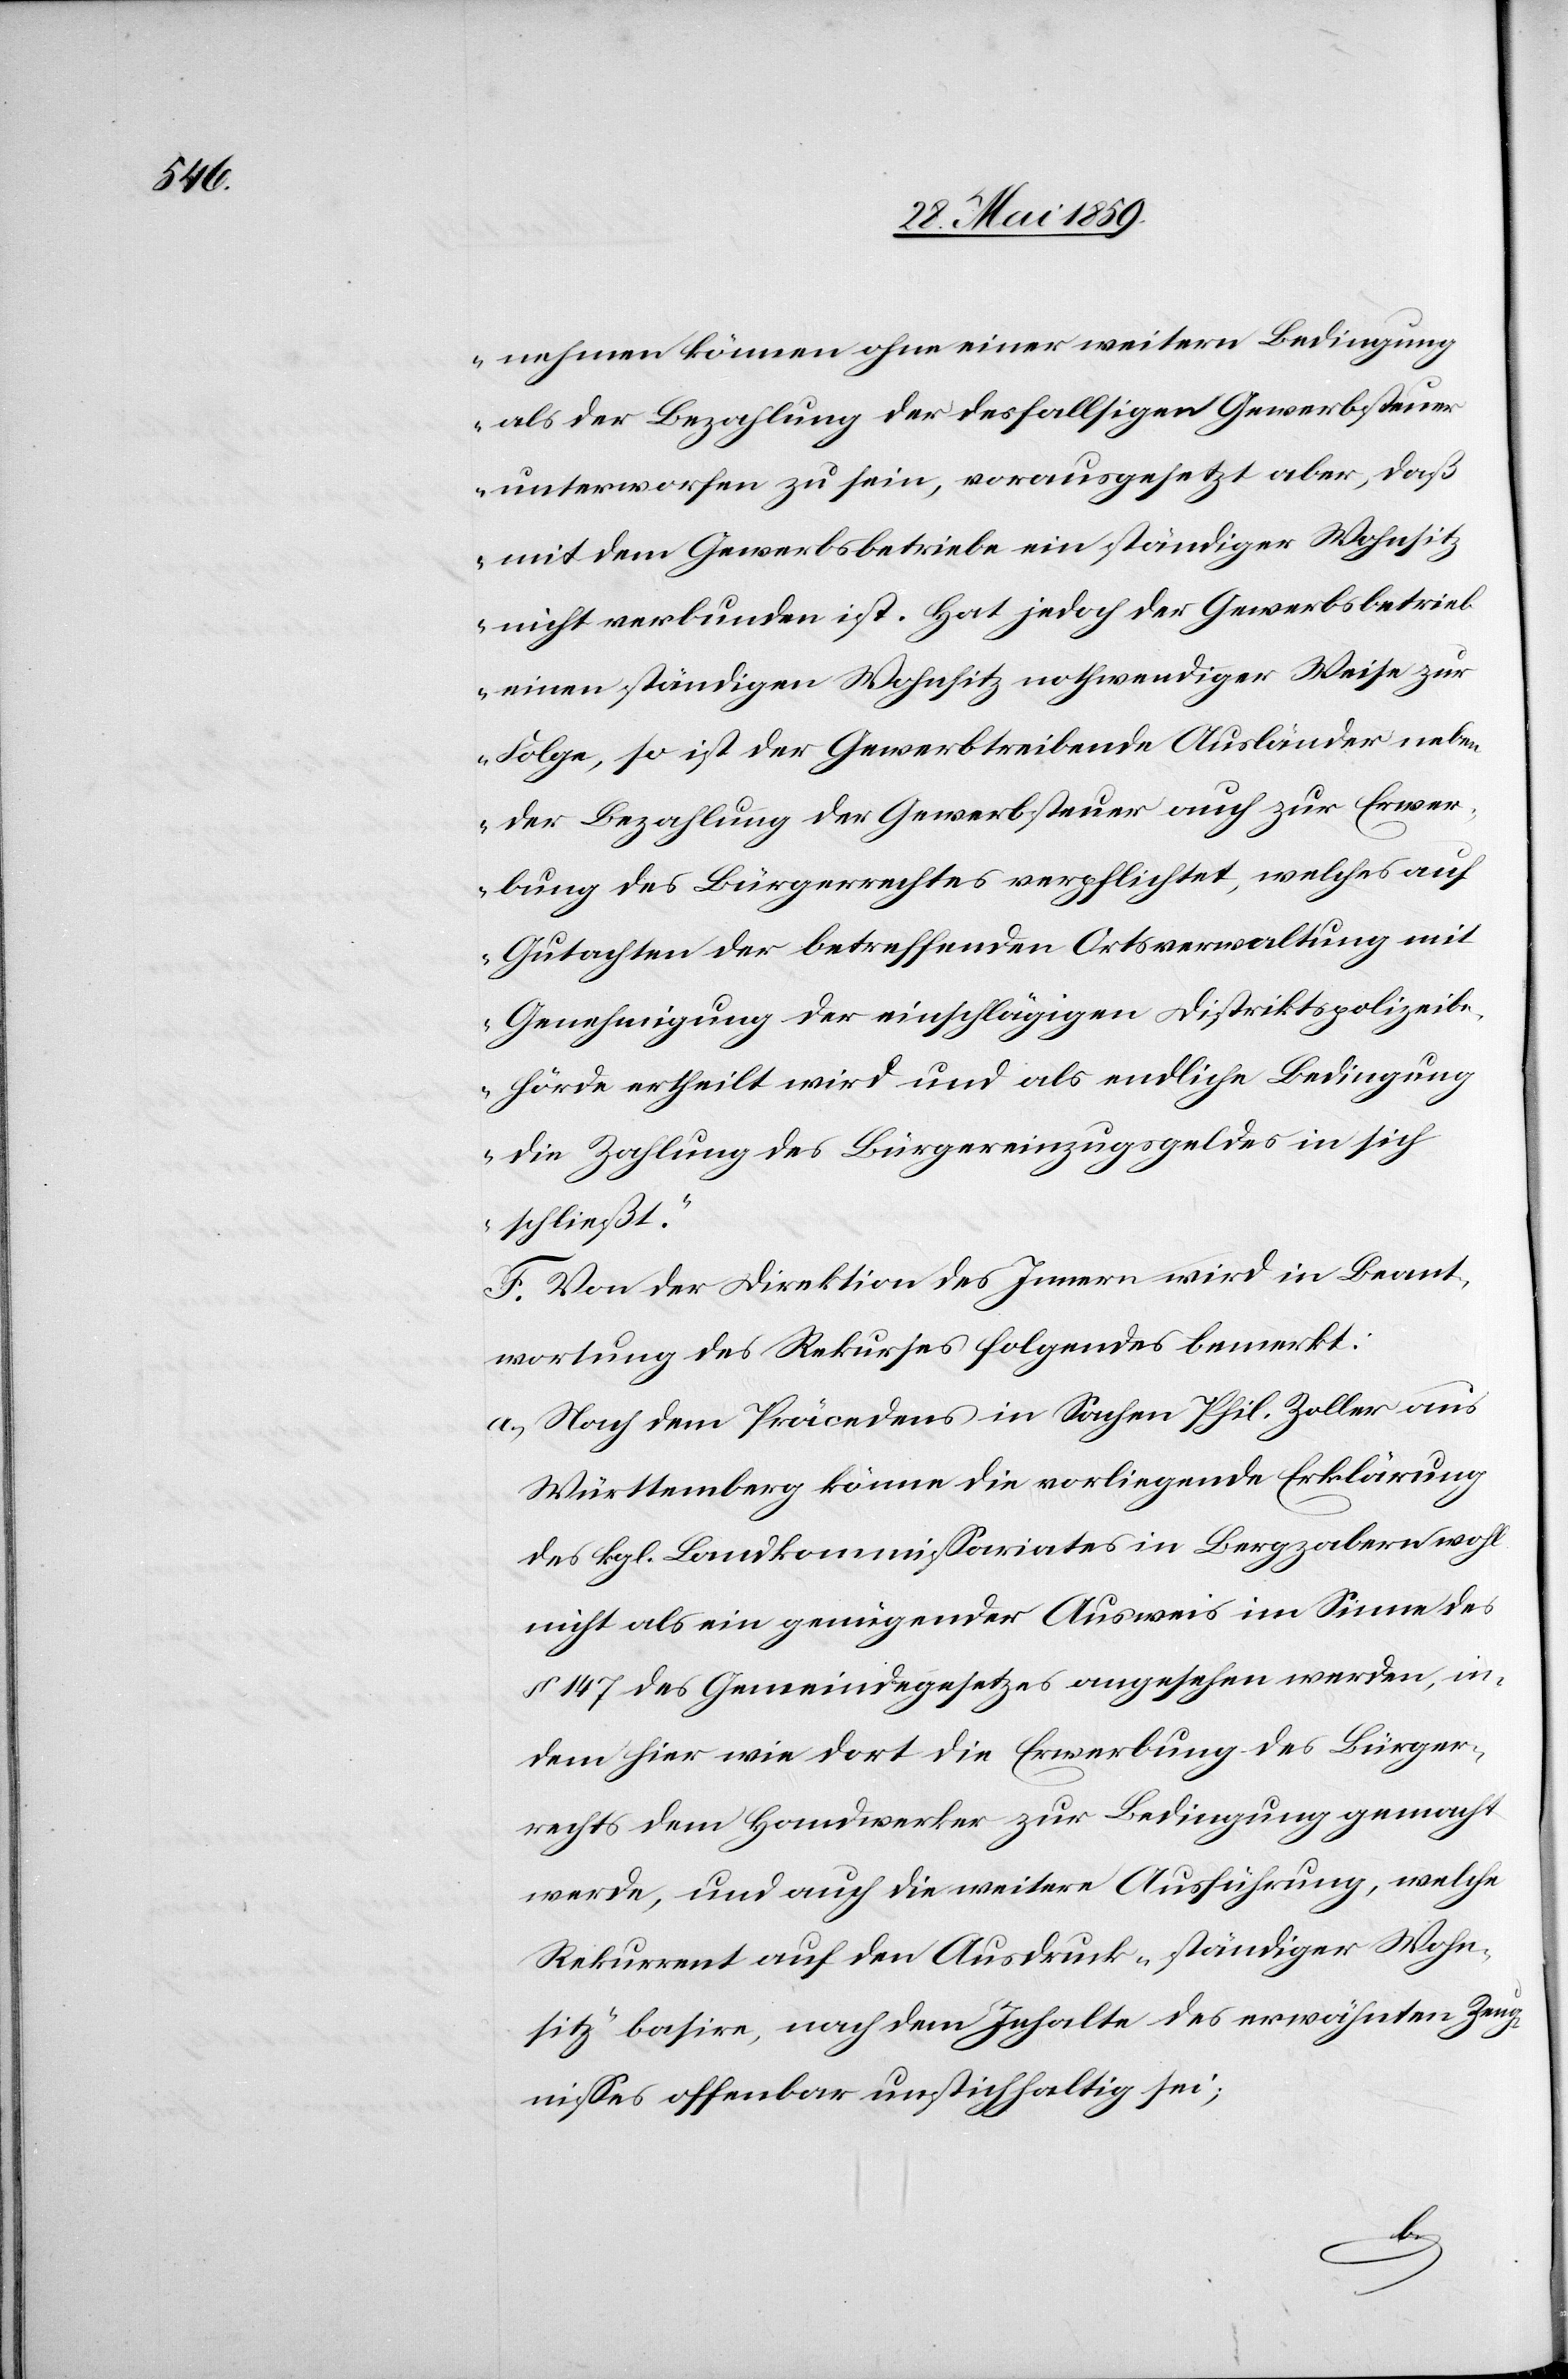
nehmen können ohne einer weitern Bedingung
als der Bezahlung der desfallsigen Gewerbsteuer
unterworfen zu sein, vorausgesetzt aber, daß
mit dem Gewerbsbetriebe ein ständiger Wohnsitz
nicht verbunden ist. Hat jedoch der Gewerbsbetrieb
einen ständigen Wohnsitz nothwendiger Weise zur
Folge, so ist der Gewerbtreibende Ausländer neben
der Bezahlung der Gewerbsteuer auch zur Erwer¬
bung des Bürgerrechtes verpflichtet, welches auf
Gutachten der betreffenden Ortsverwaltung mit
Genehmigung der einschlägigen Distriktspolizeibe¬
hörde ertheilt wird und als endliche Bedingung
die Zahlung des Bürgereinzugsgeldes in sich
schließt.“
F. Von der Direktion des Innern wird in Beant¬
wortung des Rekurses folgendes bemerkt:
a) Nach dem Präcedens in Sachen Phil. Zoller aus
Württemberg könne die vorliegende Erklärung
des kgl. Landkommissariates in Bergzabern wohl
nicht als ein genügender Ausweis im Sinne des
§ 147 des Gemeindegesetzes angesehen werden, in¬
dem hier wie dort die Erwerbung des Bürger¬
rechts dem Handwerker zur Bedingung gemacht
werde, und auch die weitere Ausführung, welche
Rekurrent auf den Ausdruck „ständiger Wohn¬
sitz“ basire, nach dem Inhalte des erwähnten Zeug¬
nisses offenbar unstichhaltig sei;
-